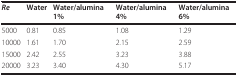
| Re | Water | Water/alumina 1% | Water/alumina 4% | Water/alumina 6% |
 | --- | --- | --- | --- | --- |
 | 5000 | 0.81 | 0.85 | 1.08 | 1.29 |
 | 10000 | 1.61 | 1.70 | 2.15 | 2.59 |
 | 15000 | 2.42 | 2.55 | 3.23 | 3.88 |
 | 20000 | 3.23 | 3.40 | 4.30 | 5.17 |